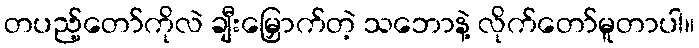
တပည့်တော်ကိုလဲ ချီးမြှောက်တဲ့ သဘောနဲ့ လိုက်တော်မူတာပါ။